Vaccination in the Punjab 1867-1880 - 1867-1880
Year: 1867
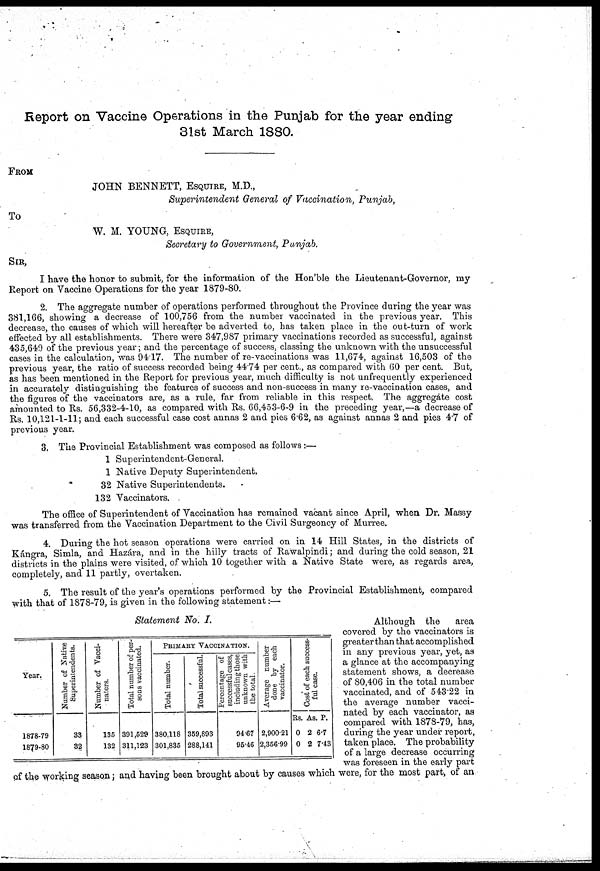
Report on Vaccine Operations in the Punjab for the year ending
31st March 1880.
FROM
JOHN BENNETT, ESQUIRE, M.D.,
Superintendent
General of Vaccination,
Punjab,
To
W. M. YOUNG, ESQUIRE,
Secretary to Government, Punjab.
SIR,
I have the honor to submit, for the information of the Hon'ble the Lieutenant-Governor, my
Report on Vaccine Operations for the year 1879-80.
2. The aggregate number of operations performed throughout the Province during the year was
381,166, showing a decrease of 100,756 from the number vaccinated in the previous year. This
decrease, the causes of which will hereafter be adverted to, has taken place in the out-turn of work
effected by all establishments. There were 347,987 primary vaccinations recorded as successful, against
435,649 of the previous year; and the percentage of success, classing the unknown with the unsuccessful
cases in the calculation, was 9417. The number of re-vaccinations was 11,674, against 16,503 of the
previous year, the ratio of success recorded being 44.74 per cent., as compared with 60 per cent. But,
as has been mentioned in the Report for previous year, much difficulty is not unfrequently experienced
in accurately distinguishing the features of success and non-success in many re-vaccination cases, and
the figures of the vaccinators are, as a rule, far from reliable in this respect. The aggregate cost
amounted to Rs. 56,332-4-10, as compared with Rs. 66,453-6-9 in the preceding year,—a decrease of
Rs. 10,121-1-11; and each successful case cost annas 2 and pies 6.62, as against annas 2 and pies 4.7 of
previous year.
3. The Provincial Establishment was composed as follows :—
1 Superintendent-General.
1 Native Deputy Superintendent.
32 Native Superintendents.
132 Vaccinators.
The office of Superintendent of Vaccination has remained vacant since April, when Dr. Massy
was transferred from the Vaccination Department to the Civil Surgeoncy of Murree.
4. During the hot season operations were carried on in 14 Hill States, in the districts of
Kángra, Simla, and Hazára, and in the hilly tracts of Rawalpindi; and during the cold season, 21
districts in the plains were visited, of which 10 together with a Native State were, as regards area,
completely, and 11 partly, overtaken.
5. The result of the year's operations performed by the Provincial Establishment, compared
with that of 1878-79, is given in the following statement:—
Statement No. I.
Year.
1878-79
1879-80
Number of Native
Superintendents.
33
32
Number of Vacci-
nators.
135
132
Total number of per-
sons vaccinated.
391,529
311,123
PRIMARY VACCINATION.
Total number.
380,118
301,835
Total successful.
359,893
288,141
Percentage of
successful cases,
including those
unknown with
the total.
94.67
95.46
Average number
done by each
vaccinator.
2,900.21
2,356.99
Cost of each success-
ful case.
Rs.
0
0
As
2
2
. P.
6.7
7.43
Although the
area
covered by the vaccinators is
greater than that accomplished
in any previous year, yet, as
a glance at the accompanying
statement shows, a decrease
of 80,406 in the total number
vaccinated, and of 543.22 in
the average number vacci-
nated by each vaccinator, as
compared with 1878-79, has,
during the year under report,
taken place. The probability
of a large decrease occurring
was foreseen in the early part
of the working season; and having been brought about by causes which were, for the most part, of an